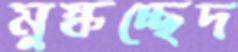
মুষ্কচ্ছেদ